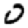
Digit: 0